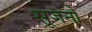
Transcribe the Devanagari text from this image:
सूजनों